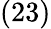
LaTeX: (23)